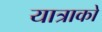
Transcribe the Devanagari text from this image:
यात्राको